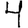
Digit: 4